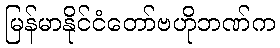
မြန်မာနိုင်ငံတော်ဗဟိုဘဏ်က